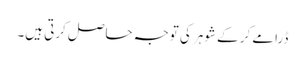
ڈرامے کر کے شوہر کی توجہ حاصل کرتی ہیں۔